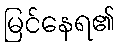
မြင်နေရ၏